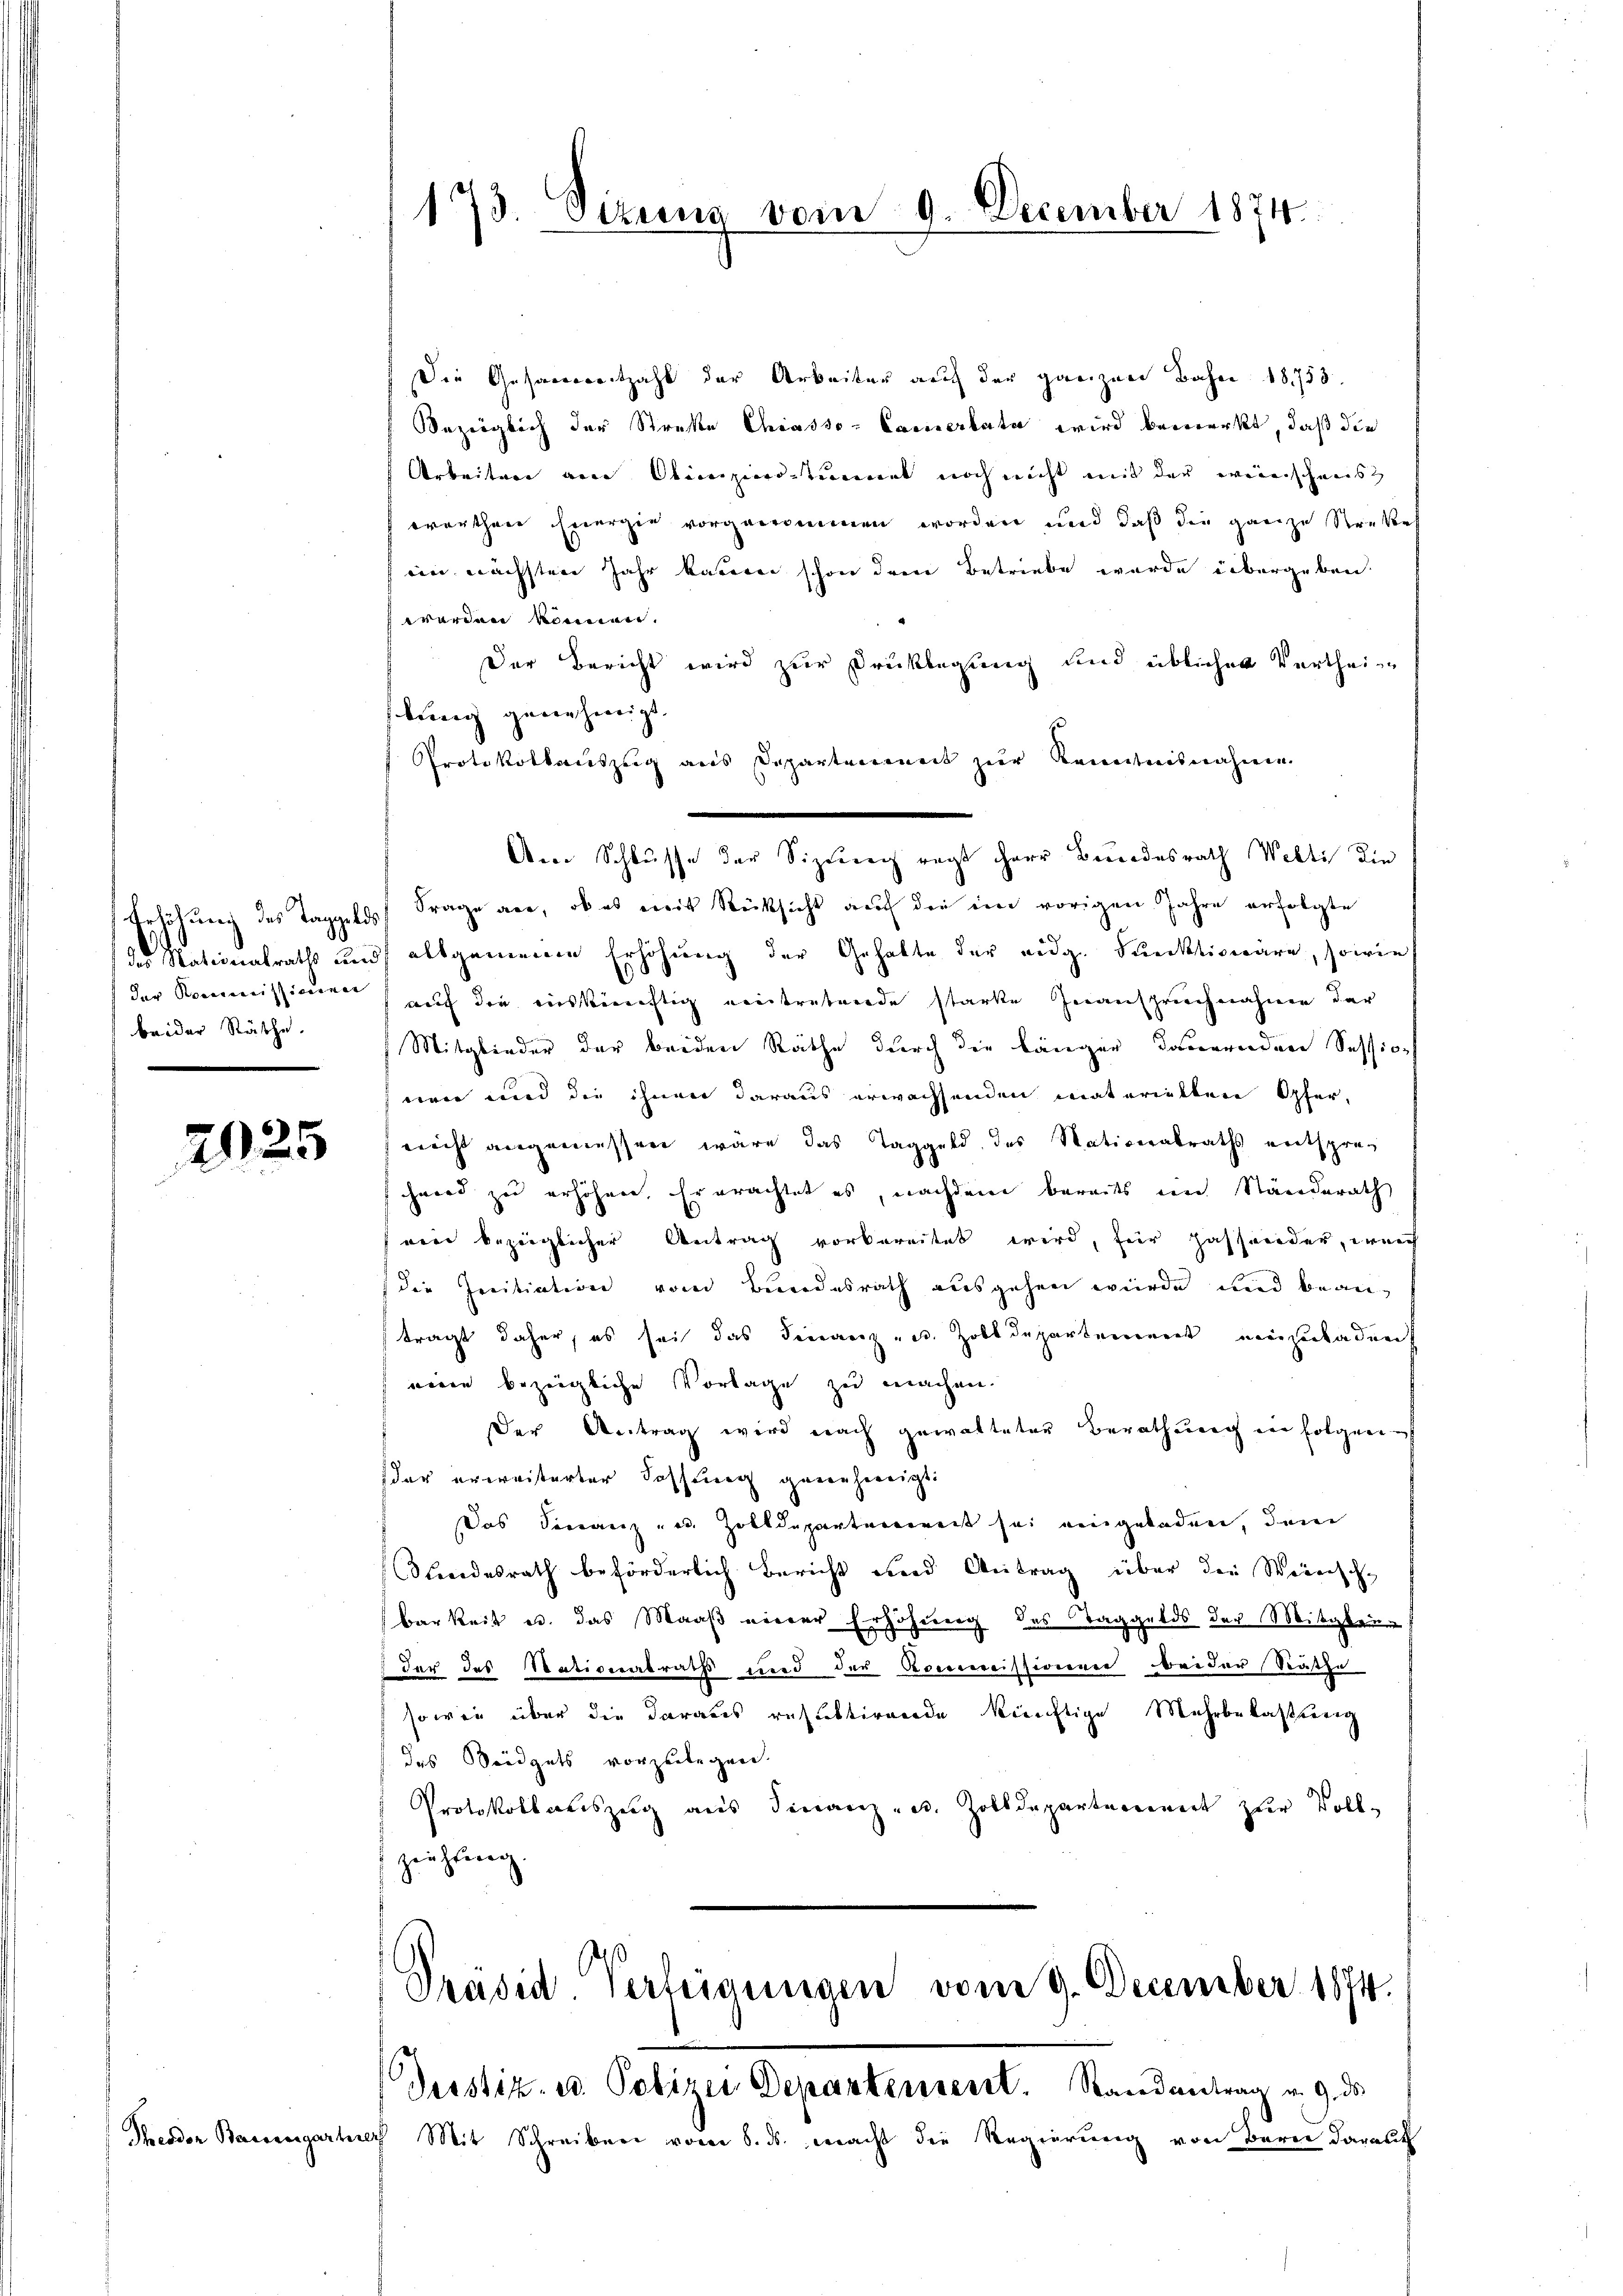
beider Räthe.

2025

173. Sizung vom 9. December 1874.

Die Gesammertzahl der Arbeiter auch der ganzen Bahn 18753.
Bezüglich der Streke Chiasso- Camertata wird bemerkt, daß die
Arbeiten am Aliceiziersstimmet noch nicht mit der weinschweis
ovortheie Energie vorgenommen worden und daß die ganze Strekers
eim nächsten Jahr kannten schon deren Betriebe wurde übergeben.
worden können.
Der Bericht wird zur Drucklegung und üblicher Verthein
slung genehmigt.
Protokollauszug aus Departaneneit zur Kenntnisnahmen.
Am Schlusse der Sizung regt herr Bundesrath Welti die
Grhöhung des Taggelds Frage an, ob es mit Rücksicht auf die ein vorigen Jahre erfolgte
des Nationalraths und allgemeine Erhöhung der Gehalte der eidg. Punktionäre, sowie
der Kommissionen auf die auskünftig eintretende starke Inanspruchnahme der
Mitglieder der beiden Räthe durch die länger Dauernden Sessio
were und die ihnen daraus erwachsenden materiellen Opfer,
nicht angemessen wäre das Taggeld des Nationalraths entsprechard zu erhöhen. Er erachtet es, nachdem bereits eine Ständerath
rin bezüglicher Antrag vorbereitet wird, für passender, weich
(die Initiation vom Bundesrath ausgehen würde, und beanträgt daher, es sei das Finanz- u. Zolldepartement einzuladen
nieen bezeigliche Vorlage zu machen.
Der Antrag wird nach gewalteter Berathung ein folgen
der erweiterter Fassung genehmigt:
Das Veranz und Zolldepartenwert sei eingeladen, dem
Nindesrath beförderlich Bericht und Antrag über die Weinsch-
barkeit u. das Maaß vierer Erhöhung des Taggelds der Mitgrun
 der des Nationalrath und der Kommissionen beider Rathe
sowie über die daraus respektirende künftige Mehrbelastung
das Weidgets vorzulegen.
Protokollauszug aus Finanz- u. Zolldepartement zur Voll-
zeichtung.

Präsid. Verteigungen vom 9. December 1874.
Gerstiz- ed. Polizei Departensent. Randantrag v. 9. ds

Theodor Bauengartner Mit Schreiben vom 8. ds. macht die Regierung von Berne darauf